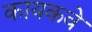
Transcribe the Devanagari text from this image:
कायकवे